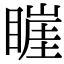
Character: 𥊅